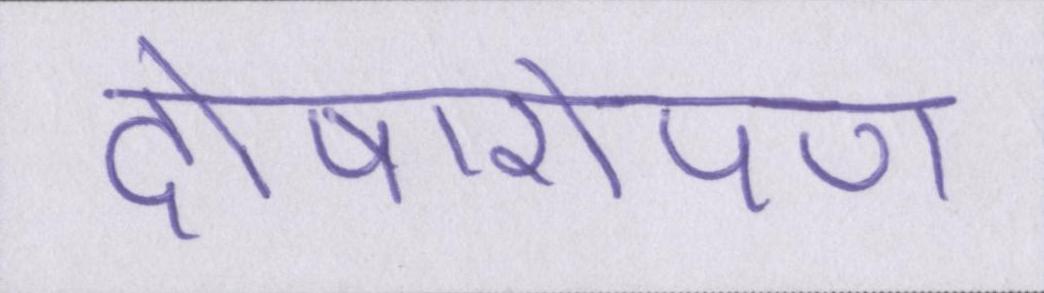
दोषारोपण